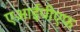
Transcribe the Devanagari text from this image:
एआईपीएफ